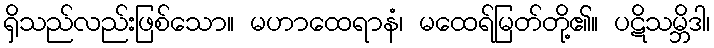
ရှိသည်လည်းဖြစ်သော။ မဟာထေရာနံ၊ မထေရ်မြတ်တို့၏။ ပဋိသမ္ဘိဒါ၊